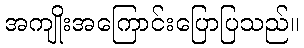
အကျိုးအကြောင်းပြောပြသည်။